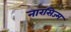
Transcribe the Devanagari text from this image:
नारसिज्म